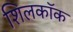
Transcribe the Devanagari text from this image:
शिलकॉक